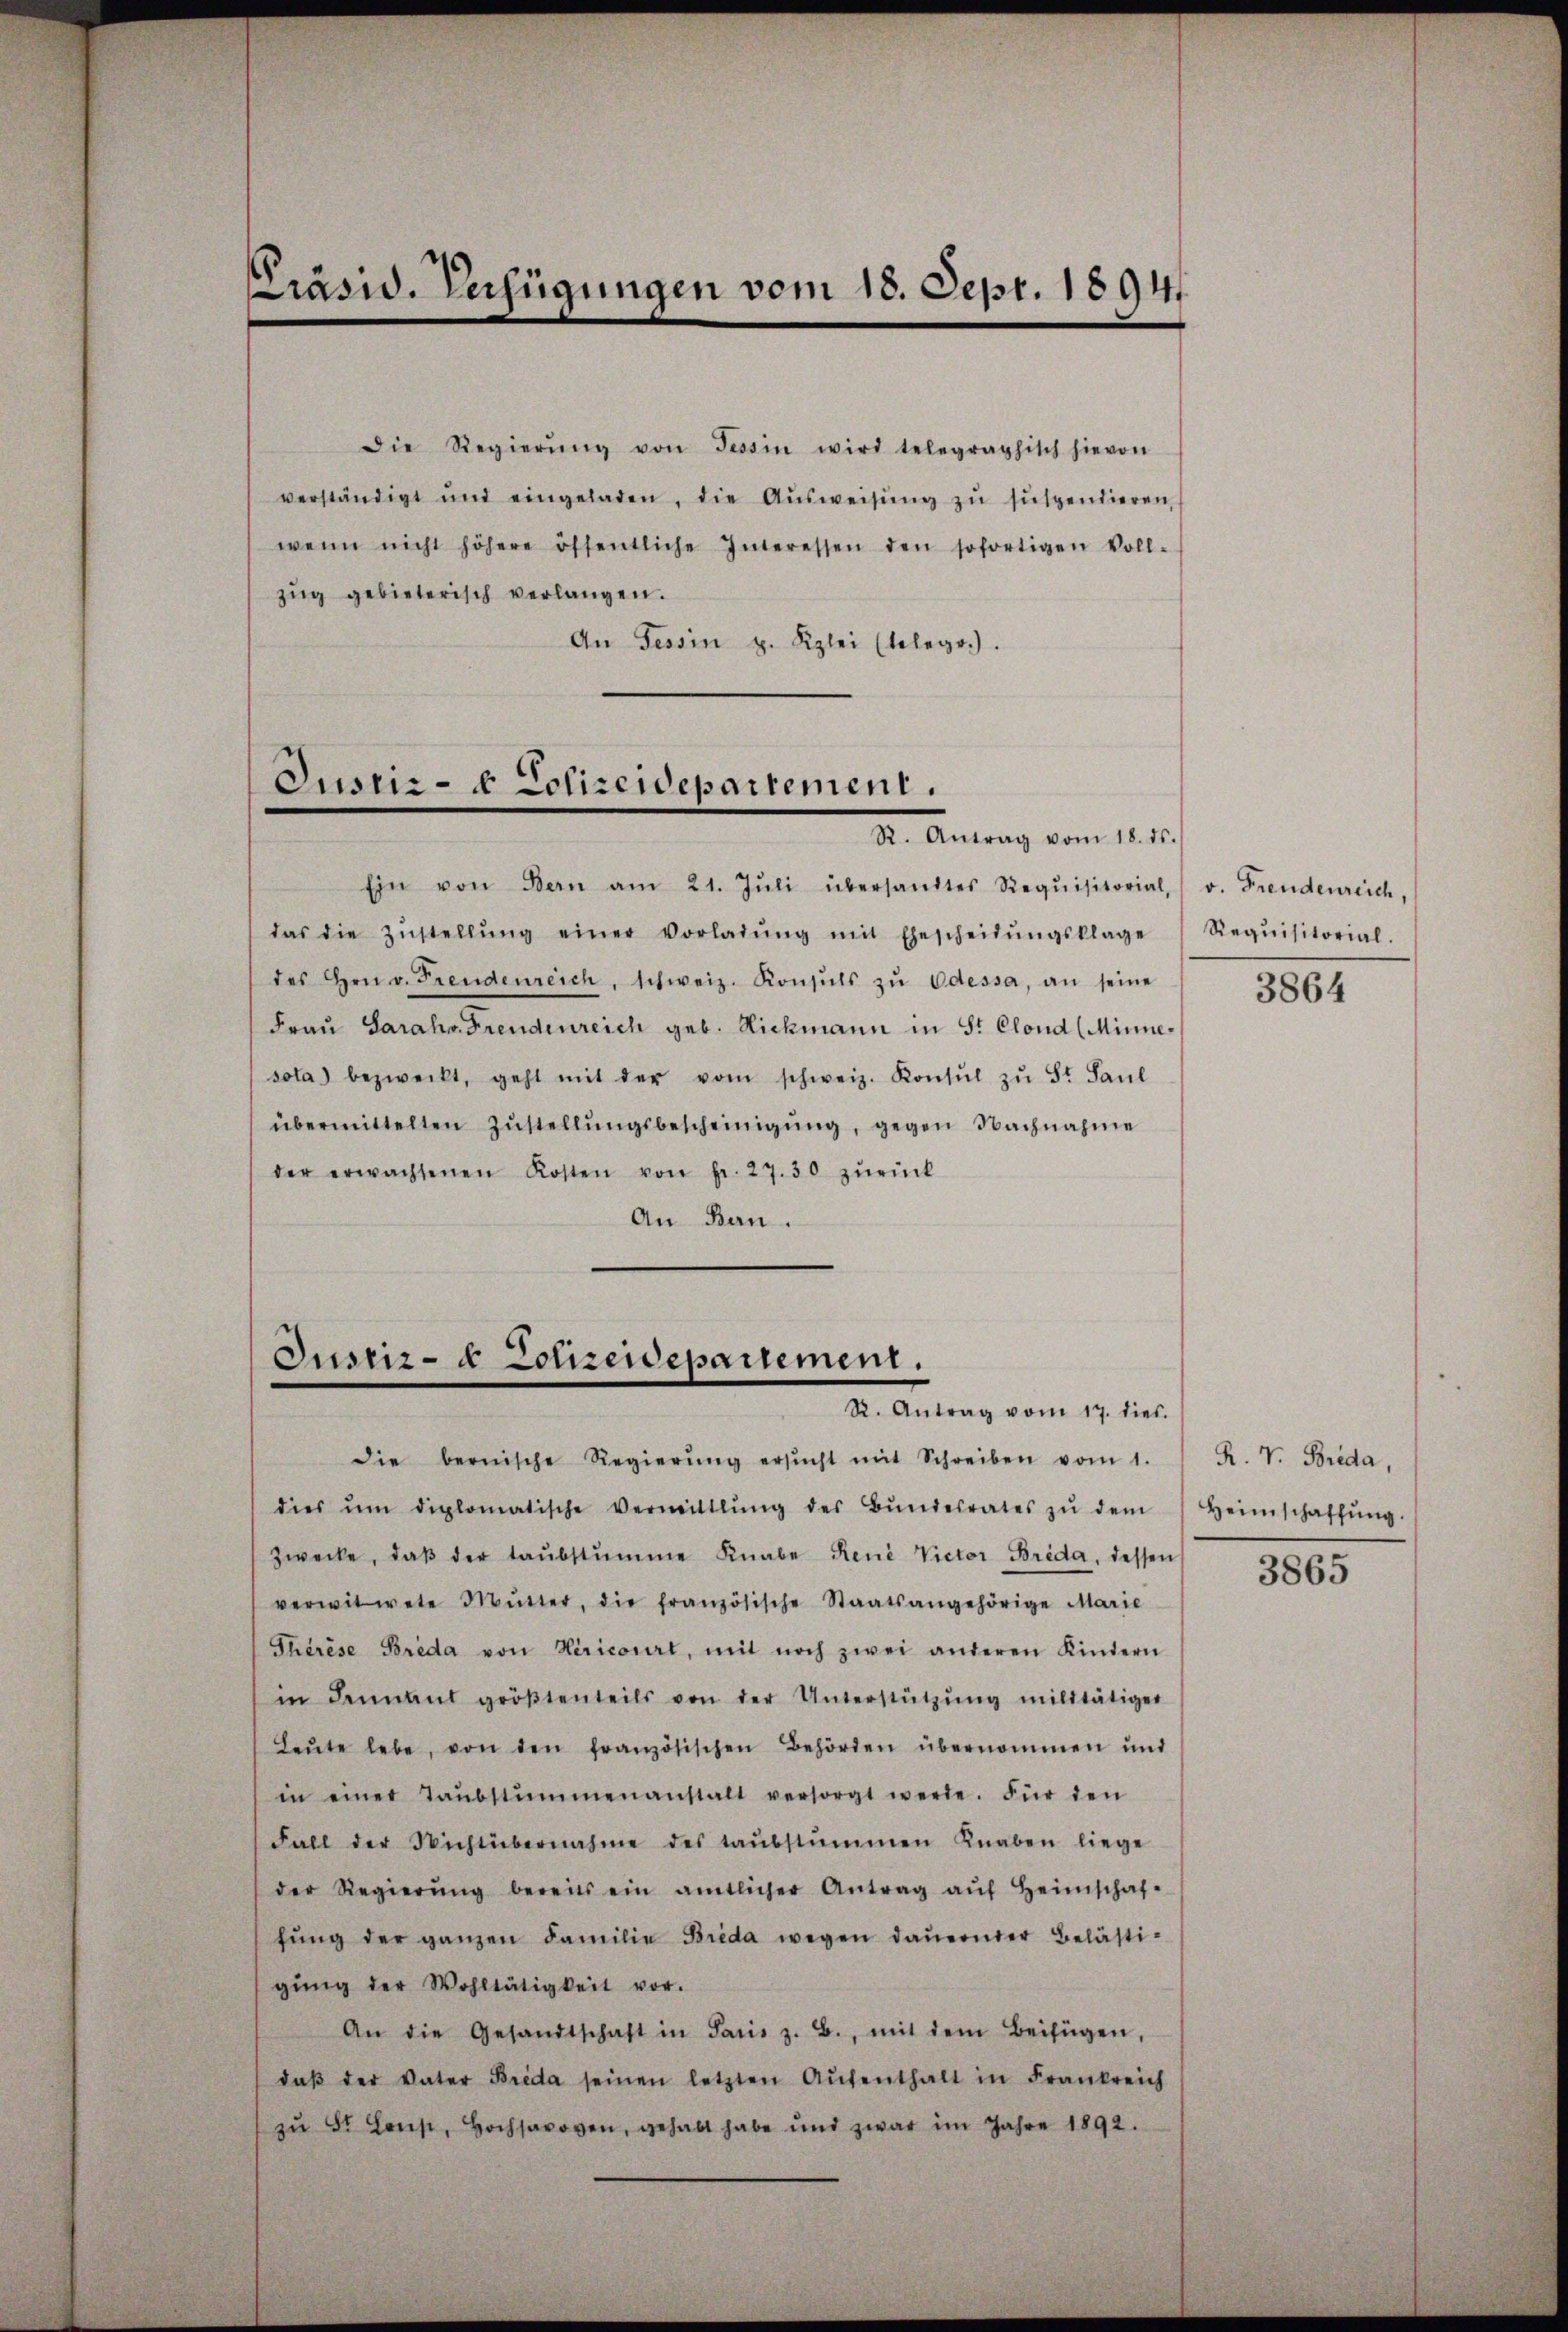
Präsid. Verfügungen vom 18. Sept. 1894

Die Regierŭng von Tessin wird telegraphisch hievon
verständigt und eingeladen, die Aŭsweisŭng zŭ sŭspendieren,
wenn nicht höhere öffentliche Interessen den sofortigen Voll-
zŭg gebieterisch verlangen.
An Tessin z. Kzlei (telegr.).

Justiz- & Polizeidepartement.

Ein von Bern am 21. Jŭli übersandtes Requisitorial, v. Freudenreich,
das die Zŭstellŭng einer Vorladŭng mit Ehescheidŭngsklage Requisitorial.
des Hrn. v. Freudenreich, schweiz. Konsuls zŭ Odessa, an seine
Frau Sarahr Freudenreich geb. Rickmann in St. Clond (Minnesota bezweckt, geht mit der vom schweiz. Konsŭl zŭ St. Paŭl
übermittelten Zŭstellŭngsbescheinigŭng, gegen Nachnahme
der erwachsenen Kosten von fr. 27. 30 zŭrück
An Bern.

Justiz- & Polizeidepartement.
R. Antrag vom 17. dies.

die bernische Regierŭng ersŭcht mit Schreiben vom 1.
dies ŭm diplomatische Vermittlung des Bŭndesrates zŭ dem
zwecke, daβ der taŭbstŭmme Knabe Reue Victor Brida, dessen
verwitwete Mutter, die französische Staatsangehörige Marie
Thérèse Brida von Hiricorirt, mit noch zwei anderen Kindern
in Jennant gröβtenteils von der Unterstützŭng militätiger
Leŭte lebe, von den französischen Behörden übernommen und
in einer Taŭbstummenanstalt versorgt werde. Für den
Fall der Nichtübernahme des taŭbstummen Knaben liege
der Regierŭng bereits ein amtlicher Antrag aŭf Heimschaf-
fŭng der ganzen Familie Brida wegen daŭernder Belästi-
gŭng der Wohltätigkeit vor.
An die Gesandtschaft in Paris z. B., mit dem Beifügen,
daβ der Vater Brida seinen letzten Aŭfenthalt in Frankreich
zŭ St. Lons, Hochsaroven, gehabt habe und zwar im Jahre 1892.

R. Antrag vom 18. ds.

3864

R. V. Brida,
Heimschaffung.
3865